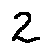
2